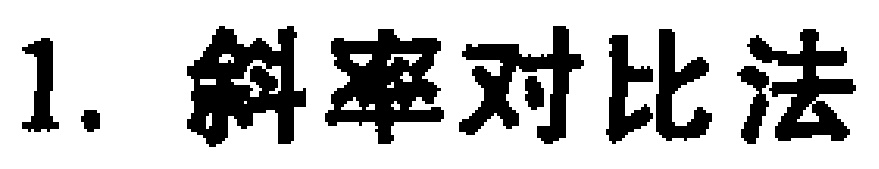
1. 斜率对比法